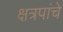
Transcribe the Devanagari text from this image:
क्षत्रपांचे